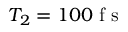
T _ { 2 } = 1 0 0 \mathrm { ~ f ~ s ~ }